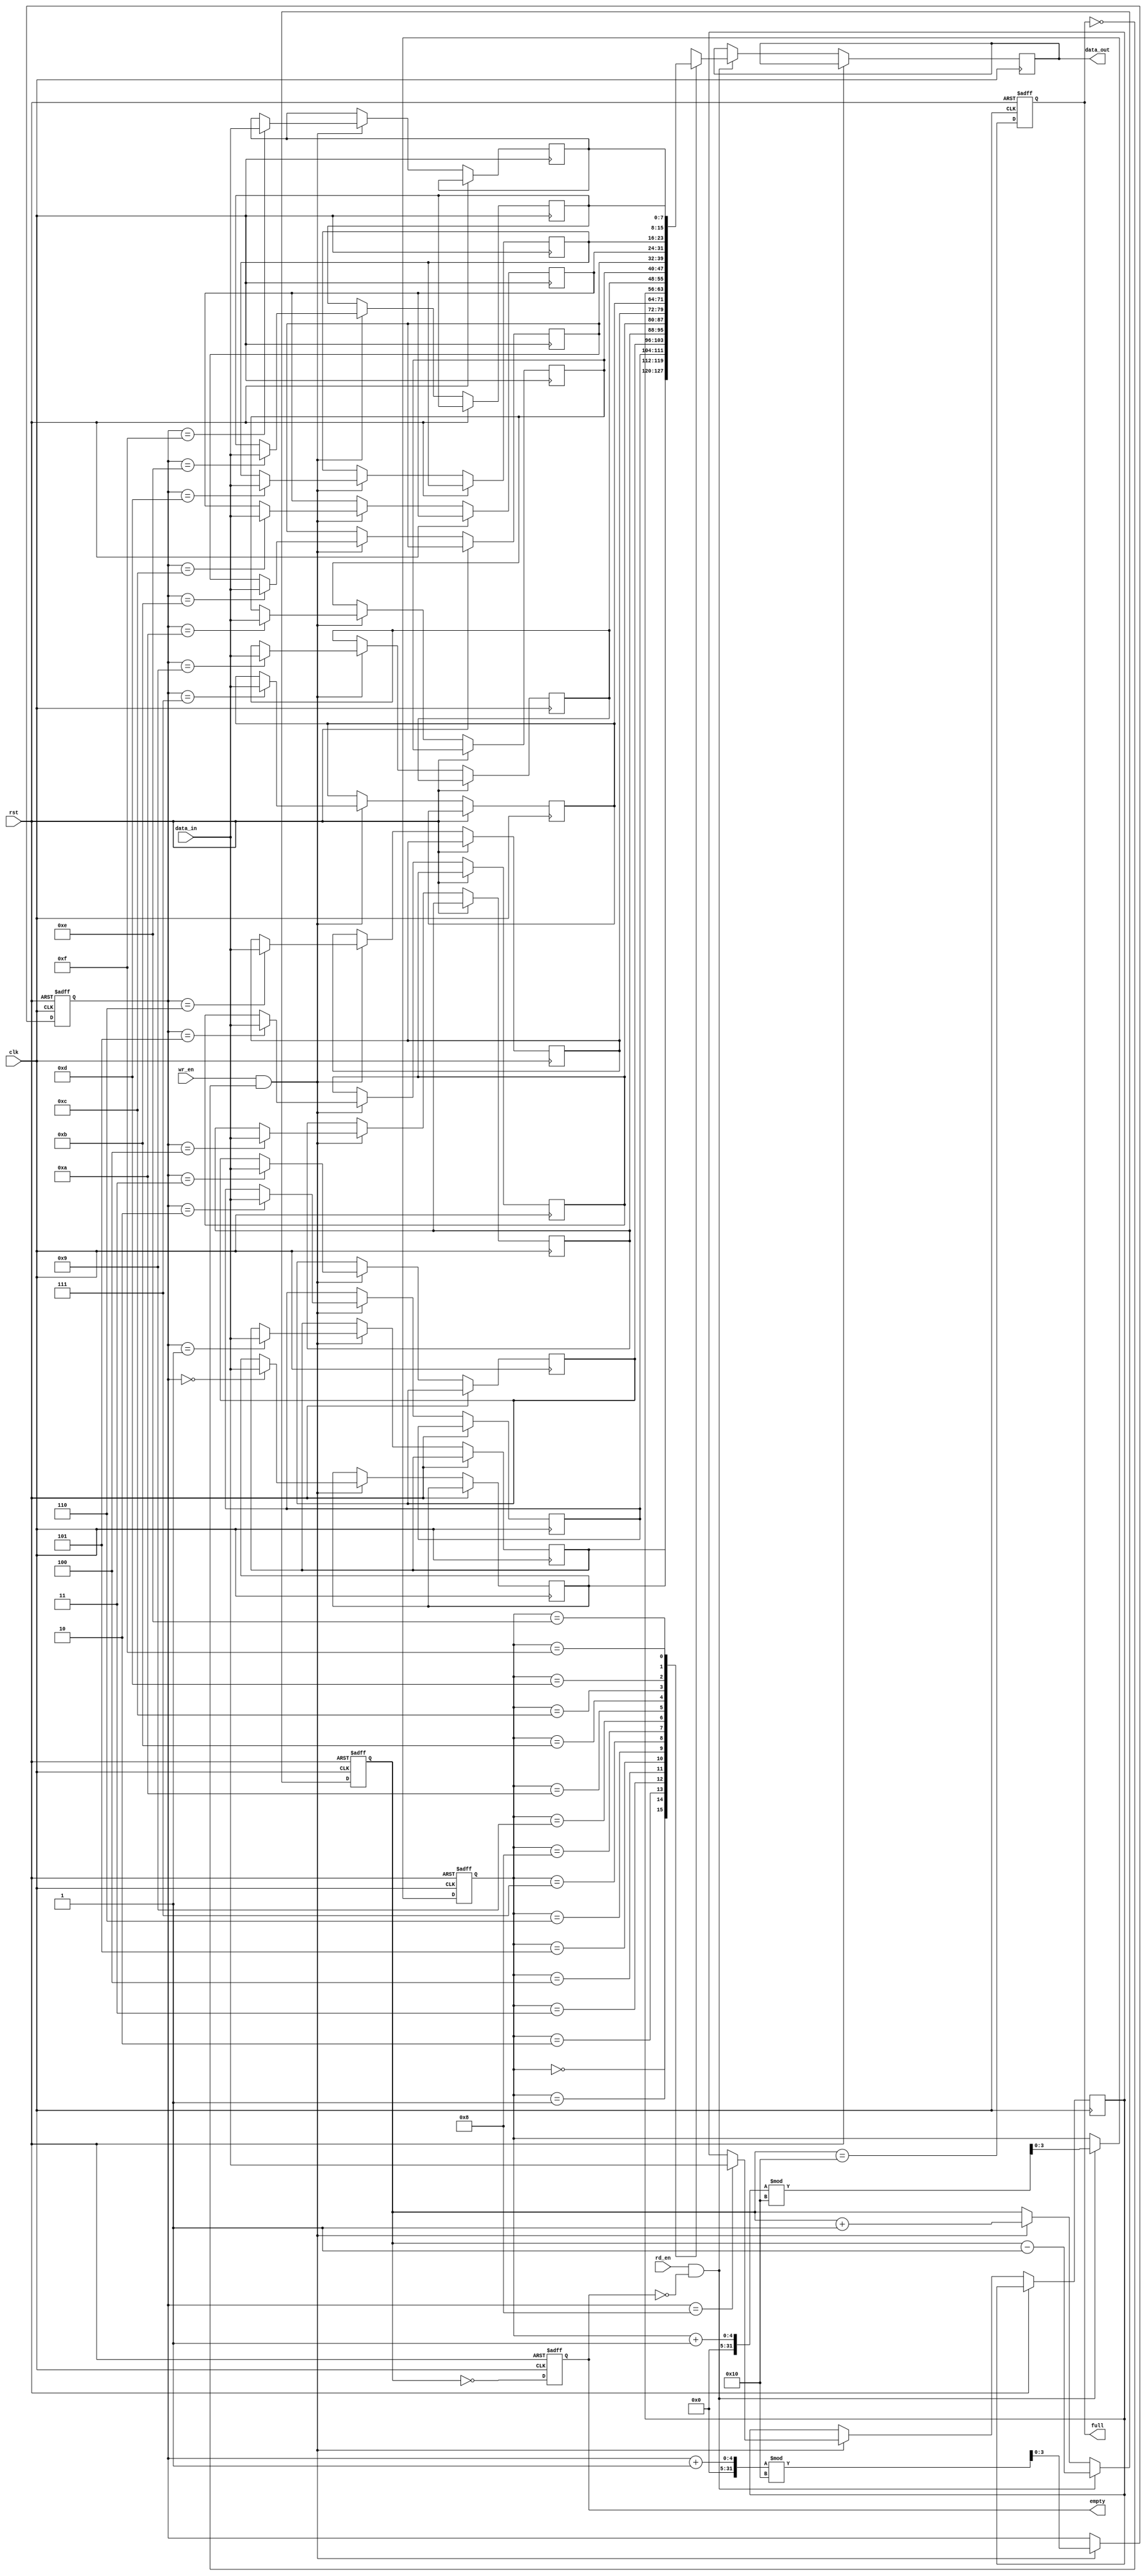
module fifo_sram #(
    parameter DEPTH = 16,  // Depth of the FIFO (number of entries)
    parameter WIDTH = 8    // Width of each entry (in bits)
)(
    input wire clk,        // Clock signal
    input wire rst,        // Asynchronous reset
    input wire wr_en,      // Write enable
    input wire rd_en,      // Read enable
    input wire [WIDTH-1:0] data_in, // Data input
    output reg [WIDTH-1:0] data_out, // Data output
    output reg full,       // FIFO Full flag
    output reg empty       // FIFO Empty flag
);

    // Memory array
    reg [WIDTH-1:0] mem [0:DEPTH-1];
    reg [clog2(DEPTH)-1:0] wr_ptr; // Write pointer
    reg [clog2(DEPTH)-1:0] rd_ptr; // Read pointer
    reg [clog2(DEPTH):0] count;     // Count of current entries

    // Log2 function to calculate the required bits for pointers
    function integer clog2;
        input integer value;
        begin
            value = value - 1;
            for (clog2=0; value>0; clog2=clog2+1)
                value = value >> 1;
        end
    endfunction

    // Synchronous logic for writing data
    always @(posedge clk or posedge rst) begin
        if (rst) begin
            wr_ptr <= 0;
            rd_ptr <= 0;
            count <= 0;
            full <= 0;
            empty <= 1;
        end else begin
            // Write operation
            if (wr_en && !full) begin
                mem[wr_ptr] <= data_in;
                wr_ptr <= (wr_ptr + 1) % DEPTH;
                count <= count + 1;
            end
            
            // Read operation
            if (rd_en && !empty) begin
                data_out <= mem[rd_ptr];
                rd_ptr <= (rd_ptr + 1) % DEPTH;
                count <= count - 1;
            end
            
            // Update full and empty flags
            full <= (count == DEPTH);
            empty <= (count == 0);
        end
    end

endmodule